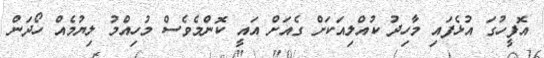
އޮފީހުގަ އުޅެފައި މާހިދު ކުއްލިއަކަށް ގެއަށް އައީ ކޮންމެވެސް މުހިއްމު ލިޔުމެއް ހޯދަން